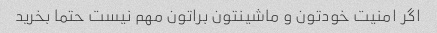
اگر امنیت خودتون و ماشینتون براتون مهم نیست حتما بخرید